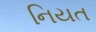
નિયત